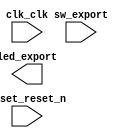

module Lab1_task1_nios (
	clk_clk,
	led_export,
	reset_reset_n,
	sw_export);	

	input		clk_clk;
	output	[7:0]	led_export;
	input		reset_reset_n;
	input		sw_export;
endmodule